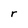
Character: r